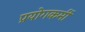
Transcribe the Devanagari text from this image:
प्रयोगकर्मी